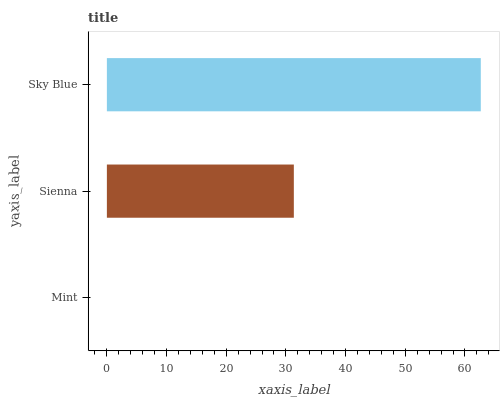
| yaxis_label | bars |
 | --- | --- |
 | Mint | 0 |
 | Sienna | 31.3 |
 | Sky Blue | 62.7 |